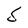
Character: S